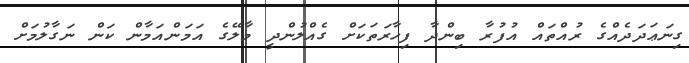
ގިނަޢަދަދެއްގެ ރުއްތައް އުފުރާ ބިންދާ ފިހާރަތަކަށް ގެއްލުންދީ މާލޭގެ އަމަންއަމާން ކަން ނަގާލުމަށް